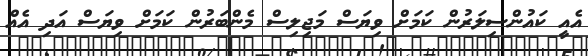
އެއީ ކައުންސިލަރުން ކަމަށް ވިޔަސް މަޖިލިސް މެންބަރުން ކަމަށް ވިޔަސް އަދި އެއް